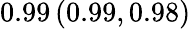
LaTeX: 0.99\left(0.99,0.98\right)